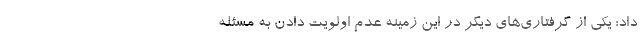
داد: یکی از گرفتاری‌های دیگر در این زمینه عدم اولویت دادن به مسئله